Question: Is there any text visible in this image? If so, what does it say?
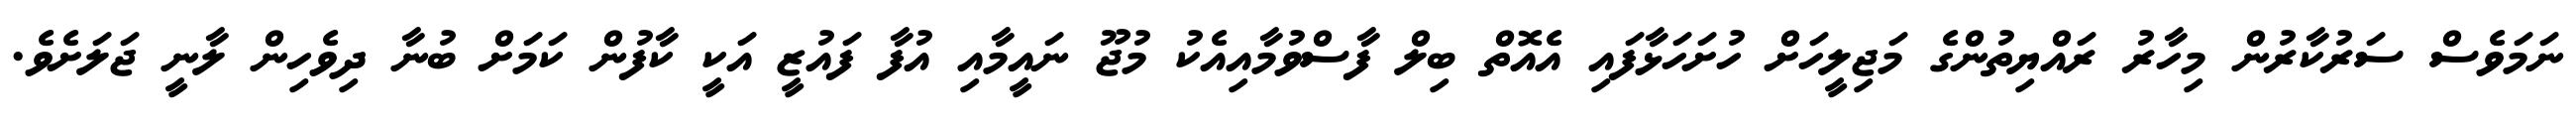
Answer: ނަމަވެސް ސަރުކާރުން މިހާރު ރައްޔިތުންގެ މަޖިލީހަށް ހުށަހަޅާފައި އެއޮތް ބިލް ފާސްވުމާއިއެކު މުޖޫ ނައީމާއި އުފާ ފައުޒީ އަކީ ކާފުން ކަމަށް ބުނާ ދިވެހިން ލާނީ ޖަލަށެވެ.